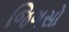
જિગસો